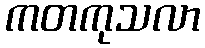
ကတကုသလာ